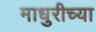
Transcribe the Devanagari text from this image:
माधुरीच्या